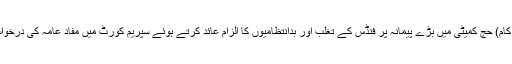
فروری (سیاست ڈاٹ کام) حج کمیٹی میں بڑے پیمانہ پر فنڈس کے تغلب اور بدانتظامیوں کا الزام عائد کرتے ہوئے سپریم کورٹ میں مفاد عامہ کی درخواست دائر کی گئی ہے۔